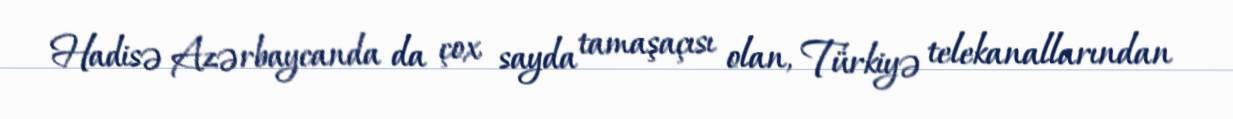
Hadisə Azərbaycanda da çox sayda tamaşaçısı olan, Türkiyə telekanallarından